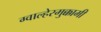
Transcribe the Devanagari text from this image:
ग्वाल्हेरमुक्कामी